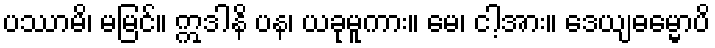
ပဿာမိ၊ မမြင်။ ဣဒါနိ ပန၊ ယခုမူကား။ မေ၊ ငါ့အား။ ဒေယျဓမ္မောပိ